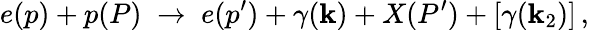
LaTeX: e(p)+p(P)\; \to\; e(p^{\prime})+\gamma(\mathbf{k})+X(P^{\prime})+\left[\gamma(\mathbf{k}_{2})\right]\, ,